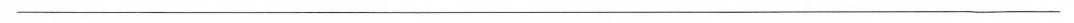
___